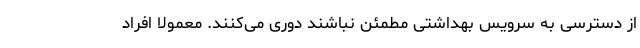
از دسترسی به سرویس بهداشتی مطمئن نباشند دوری می‌کنند. معمولا افراد